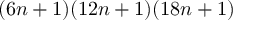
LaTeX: ( 6 n + 1 ) ( 1 2 n + 1 ) ( 1 8 n + 1 )